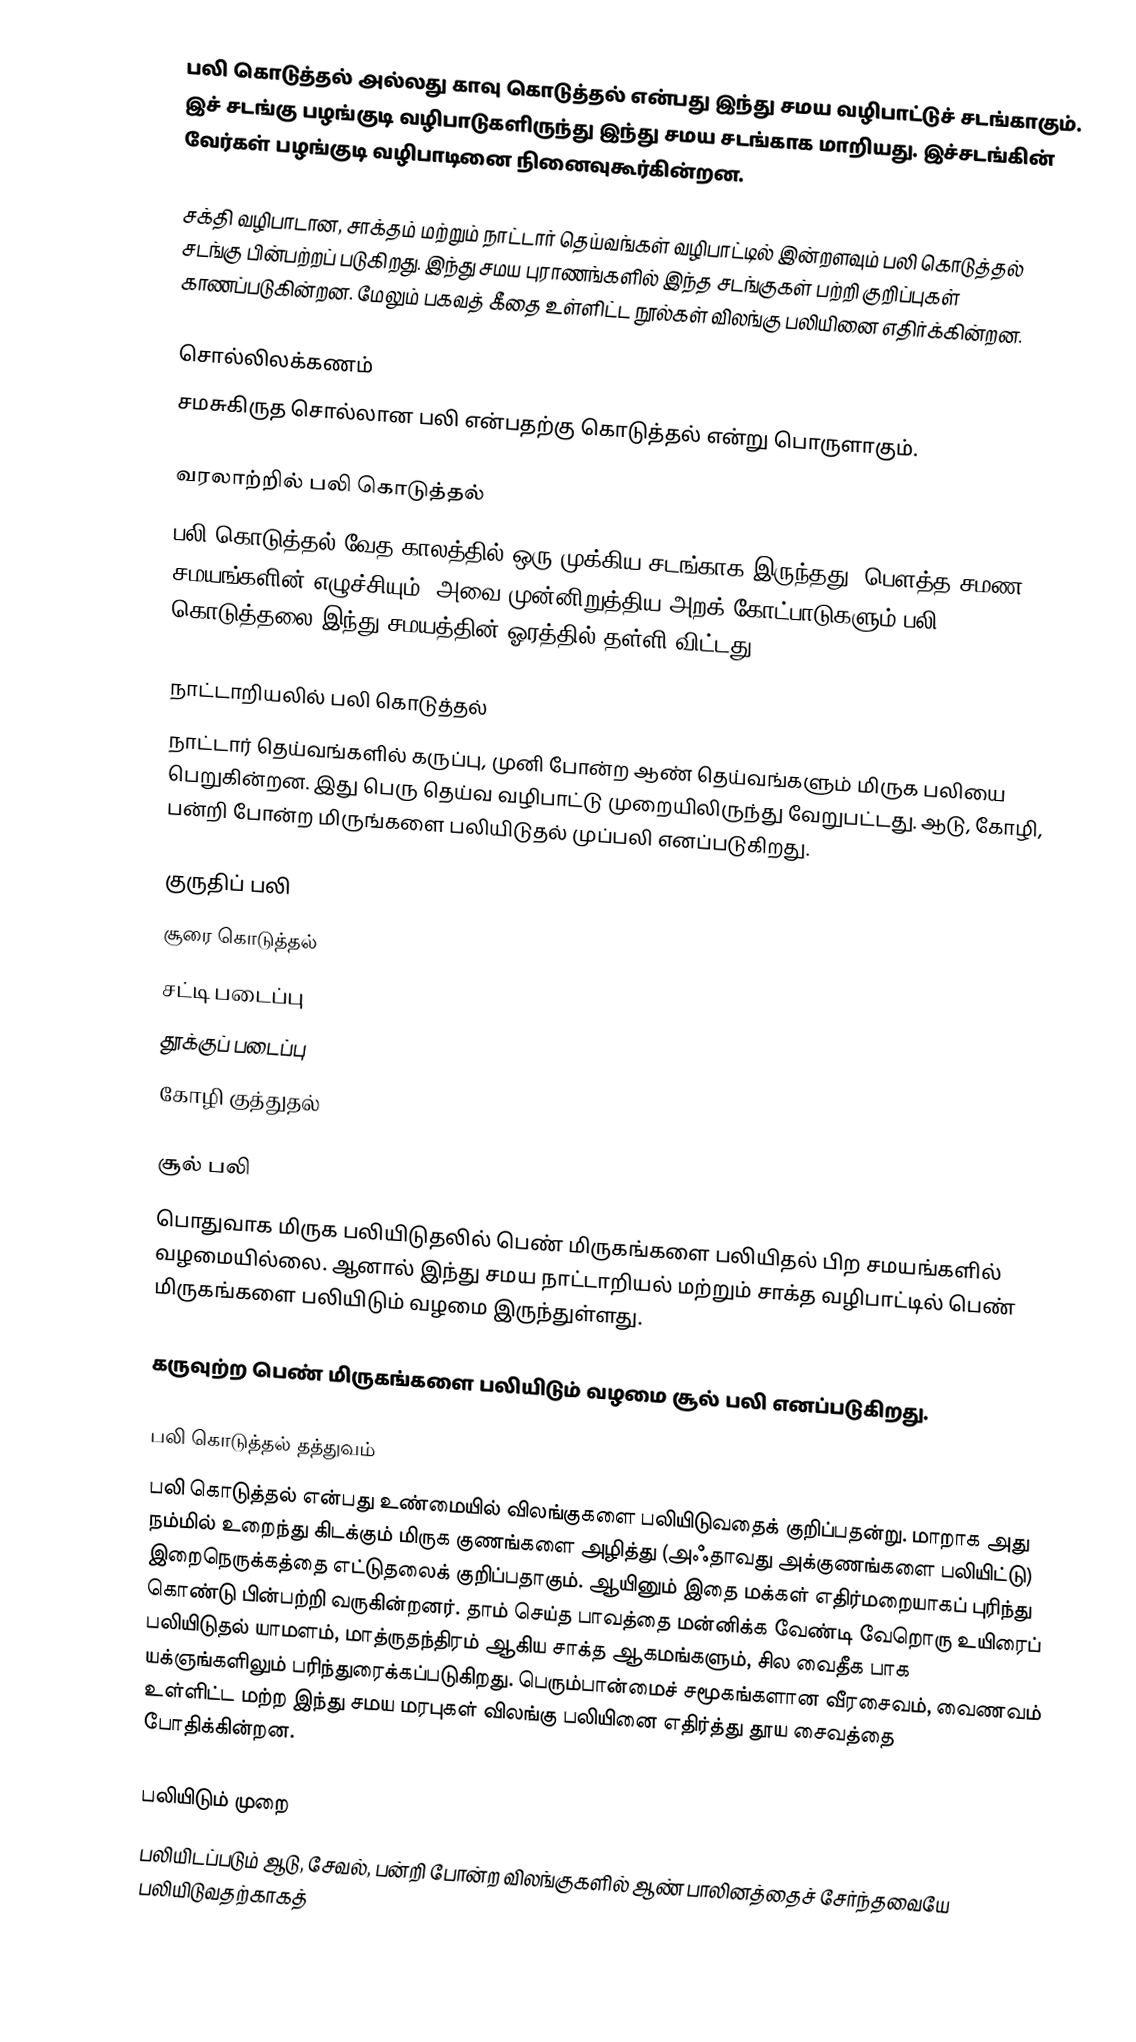
பலி கொடுத்தல் அல்லது காவு கொடுத்தல் என்பது இந்து சமய வழிபாட்டுச் சடங்காகும். இச் சடங்கு பழங்குடி வழிபாடுகளிருந்து இந்து சமய சடங்காக மாறியது. இச்சடங்கின் வேர்கள் பழங்குடி வழிபாடினை நினைவுகூர்கின்றன.

சக்தி வழிபாடான, சாக்தம் மற்றும் நாட்டார் தெய்வங்கள் வழிபாட்டில் இன்றளவும் பலி கொடுத்தல் சடங்கு பின்பற்றப் படுகிறது. இந்து சமய புராணங்களில் இந்த சடங்குகள் பற்றி குறிப்புகள் காணப்படுகின்றன. மேலும் பகவத் கீதை உள்ளிட்ட நூல்கள் விலங்கு பலியினை எதிர்க்கின்றன.

சொல்லிலக்கணம்
சமசுகிருத சொல்லான பலி என்பதற்கு கொடுத்தல் என்று பொருளாகும்.

வரலாற்றில் பலி கொடுத்தல்
பலி கொடுத்தல் வேத காலத்தில் ஒரு முக்கிய சடங்காக இருந்தது. பெளத்த சமண சமயங்களின் எழுச்சியும், அவை முன்னிறுத்திய அறக் கோட்பாடுகளும் பலி கொடுத்தலை இந்து சமயத்தின் ஓரத்தில் தள்ளி விட்டது.

நாட்டாறியலில் பலி கொடுத்தல்
நாட்டார் தெய்வங்களில் கருப்பு, முனி போன்ற ஆண் தெய்வங்களும் மிருக பலியை பெறுகின்றன. இது பெரு தெய்வ வழிபாட்டு முறையிலிருந்து வேறுபட்டது. ஆடு, கோழி, பன்றி போன்ற மிருங்களை பலியிடுதல் முப்பலி எனப்படுகிறது.

 குருதிப் பலி
 சூரை கொடுத்தல்
 சட்டி படைப்பு
 தூக்குப் படைப்பு
 கோழி குத்துதல்

சூல் பலி
பொதுவாக மிருக பலியிடுதலில் பெண் மிருகங்களை பலியிதல் பிற சமயங்களில் வழமையில்லை. ஆனால் இந்து சமய நாட்டாறியல் மற்றும் சாக்த வழிபாட்டில் பெண் மிருகங்களை பலியிடும் வழமை இருந்துள்ளது.

கருவுற்ற பெண் மிருகங்களை பலியிடும் வழமை சூல் பலி எனப்படுகிறது.

பலி கொடுத்தல் தத்துவம்
பலி கொடுத்தல் என்பது உண்மையில் விலங்குகளை பலியிடுவதைக் குறிப்பதன்று. மாறாக அது நம்மில் உறைந்து கிடக்கும் மிருக குணங்களை அழித்து (அஃதாவது அக்குணங்களை பலியிட்டு) இறைநெருக்கத்தை எட்டுதலைக் குறிப்பதாகும். ஆயினும் இதை மக்கள் எதிர்மறையாகப் புரிந்து கொண்டு பின்பற்றி வருகின்றனர். தாம் செய்த பாவத்தை மன்னிக்க வேண்டி வேறொரு உயிரைப் பலியிடுதல் யாமளம், மாத்ருதந்திரம் ஆகிய சாக்த ஆகமங்களும், சில வைதீக பாக யக்ஞங்களிலும் பரிந்துரைக்கப்படுகிறது. பெரும்பான்மைச் சமூகங்களான வீரசைவம், வைணவம் உள்ளிட்ட மற்ற இந்து சமய மரபுகள் விலங்கு பலியினை எதிர்த்து தூய சைவத்தை போதிக்கின்றன.

பலியிடும் முறை
பலியிடப்படும் ஆடு, சேவல், பன்றி போன்ற விலங்குகளில் ஆண் பாலினத்தைச் சேர்ந்தவையே பலியிடுவதற்காகத்